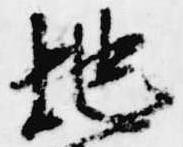
地